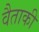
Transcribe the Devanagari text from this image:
वैताकी